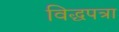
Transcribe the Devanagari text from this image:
विद्धपत्रा